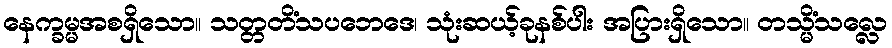
နေက္ခမ္မအစရှိသော။ သတ္တတိံသပဘေဒေ၊ သုံးဆယ့်ခုနစ်ပါး အပြားရှိသော။ တသ္မိံသလ္လေ